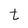
Character: t